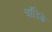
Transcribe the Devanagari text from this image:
चाँदिके